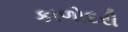
કાળોદરી